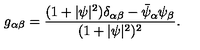
g _ { \alpha \beta } = \frac { ( 1 + \vert \psi \vert ^ { 2 } ) \delta _ { \alpha \beta } - \bar { \psi } _ { \alpha } \psi _ { \beta } } { ( 1 + \vert \psi \vert ^ { 2 } ) ^ { 2 } } .